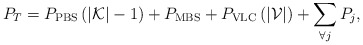
\begin{align*}P_T=P_{\rm PBS} \left( \left|{\mathcal{K}}\right| - 1\right) +P_{\rm MBS} + P_{\rm VLC}\left( \left|{\mathcal{V}}\right| \right) +\sum\limits_{\forall j} P_j,\end{align*}